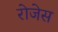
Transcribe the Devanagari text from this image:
रोजेस